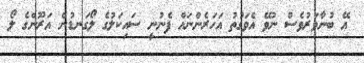
އޭ ބުނާވަރުވެސް ނުވޭ އެވަގުތު އަހަރެންނައް ފެނުނީ ސައިކަލުގެ ލޯގަނޑުން އަރޫންގެ ލޯ